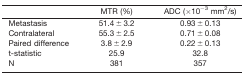
<table><thead><tr><td></td><td><b>MTR (%)</b></td><td><b>ADC (×10<sup>−3</sup> mm<sup>2</sup>/s)</b></td></tr></thead><tbody><tr><td>Metastasis</td><td>51.4 ± 3.2</td><td>0.93 ± 0.13</td></tr><tr><td>Contralateral</td><td>55.3 ± 2.5</td><td>0.71 ± 0.08</td></tr><tr><td>Paired difference</td><td>3.8 ± 2.9</td><td>0.22 ± 0.13</td></tr><tr><td>t‐statistic</td><td>25.9</td><td>32.8</td></tr><tr><td>N</td><td>381</td><td>357</td></tr></tbody></table>